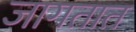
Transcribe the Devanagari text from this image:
जागतात